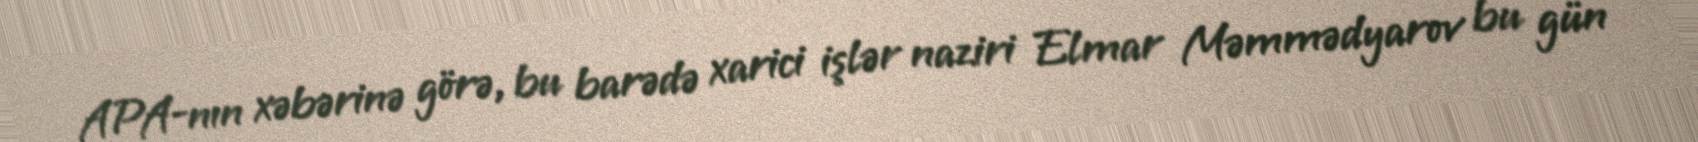
APA-nın xəbərinə görə, bu barədə xarici işlər naziri Elmar Məmmədyarov bu gün